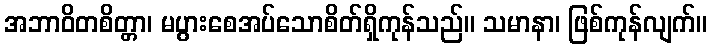
အဘာဝိတစိတ္တာ၊ မပွားစေအပ်သောစိတ်ရှိကုန်သည်။ သမာနာ၊ ဖြစ်ကုန်လျက်။